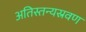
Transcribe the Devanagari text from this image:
अतिस्तन्यस्रवण